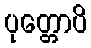
ပုတ္တောပိ